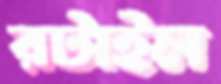
রটাইল